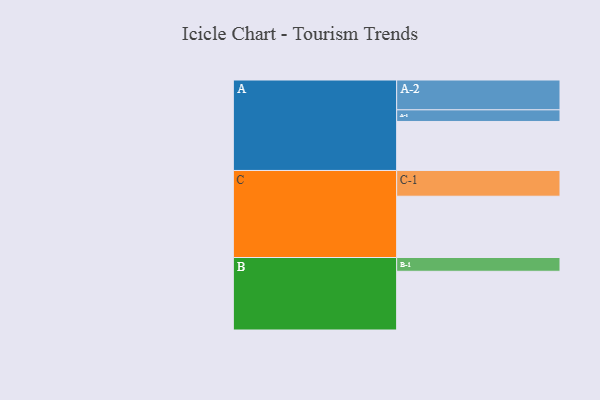
{"axis": {"x": "Segment", "y": "Value"}, "legend": ["", "A", "B", "C"], "data": [{"x": "A", "y": 455, "type": ""}, {"x": "B", "y": 545, "type": ""}, {"x": "C", "y": 569, "type": ""}, {"x": "A-1", "y": 108, "type": "A"}, {"x": "A-2", "y": 277, "type": "A"}, {"x": "B-1", "y": 128, "type": "B"}, {"x": "C-1", "y": 239, "type": "C"}]}